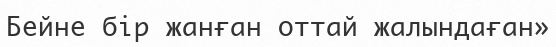
Бейне бір жанған оттай жалындаған»